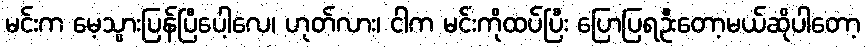
မင်းက မေ့သွားပြန်ပြီပေါ့လေ၊ ဟုတ်လား၊ ငါက မင်းကိုထပ်ပြီး ပြောပြရဦးတော့မယ်ဆိုပါတော့